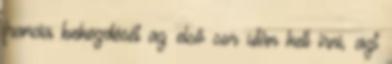
francia bekezdését az első sor után kell írni, azt